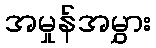
အမှုန်အမွှား